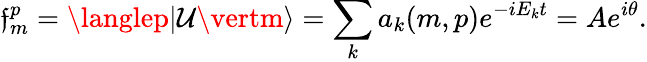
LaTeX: \mathfrak{f}_{m}^{p}=\langlep\vert\mathcal{{U}}\vertm\rangle=\sum_{k}a_{k}(m,p)e^{-iE_{k}t}=Ae^{i\theta}.